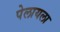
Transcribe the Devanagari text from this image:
पेलायला